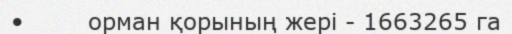
•        орман қорының жері - 1663265 га